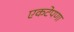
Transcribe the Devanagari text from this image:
एकटेपणा